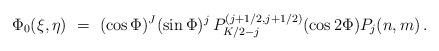
LaTeX: \begin{align*}\Phi_0(\xi,\eta)\ =\ (\cos\Phi)^J(\sin\Phi)^j\,P^{(j+1/2,j+1/2)}_{K/2-j}(\cos2\Phi)P_j(n,m)\,. \end{align*}